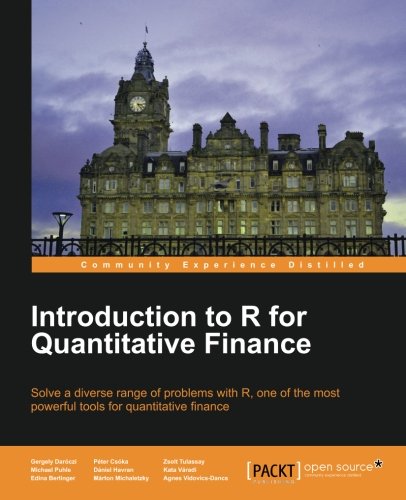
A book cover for Introduction to R for Quantitative Finance; Gergely DarÃ³czi; Computers & Technology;